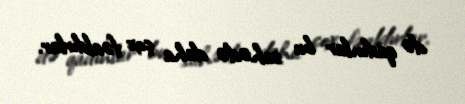
də qadınlar bu sahədə daha çox fəaldırlar.